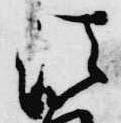
法